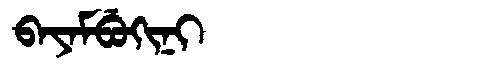
Manchu: ᠪᠠᠶᠠᠮᠪᡠᡴᡳᠨᡳ
Romanization: BAYAMBUKINI